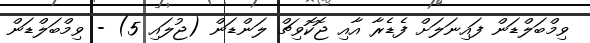
ވިމްބަލްޑަން ފައިނަލަށް ފެޑެރާ އާއި ޖޮކޮވިޗް ލަންޑަން (ޖުލައި 5) - ވިމްބަލްޑަން